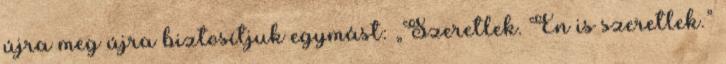
újra meg újra biztosítjuk egymást: „Szeretlek. Én is szeretlek.”